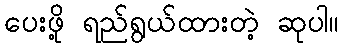
ပေးဖို့ ရည်ရွယ်ထားတဲ့ ဆုပါ။